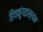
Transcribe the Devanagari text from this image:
हिचकूंगाइस्लाम